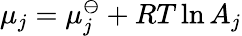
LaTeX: \mu_{j}=\mu_{j}^{\ominus}+RT\ln{A_{j}}